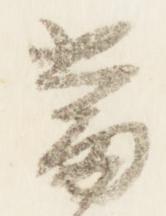
当